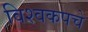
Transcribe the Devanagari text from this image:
विश्वकपचे